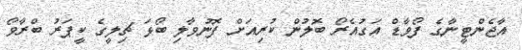
އާޖެންޓީނާގެ ފޯވާޑް އަގުއެރޯ ބޮލުން ކުރިއަށް ފޮނުވާލި ބޯޅަ ޗިލީގެ ކީޕަރު ބްރާވޯ